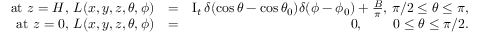
\begin{array} { r l r } { \mathrm { a t ~ } z = H , \, L ( x , y , z , \theta , \phi ) } & { = } & { \mathrm { I } _ { t } \, \delta ( \cos \theta - \cos \theta _ { 0 } ) \delta ( \phi - \phi _ { 0 } ) + \frac { B } { \pi } , \, \pi / 2 \le \theta \le \pi , } \\ { \mathrm { a t ~ } z = 0 , \, L ( x , y , z , \theta , \phi ) } & { = } & { 0 , \, \qquad 0 \le \theta \le \pi / 2 . } \end{array}